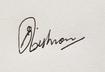
Signature authenticity: genuine